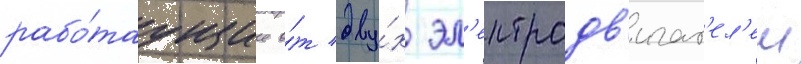
рабо́таущие о́т дву́х эл'ектродв'игат'ел'еи